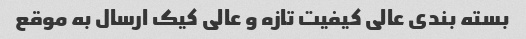
بسته بندی عالی کیفیت تازه و عالی کیک ارسال به موقع